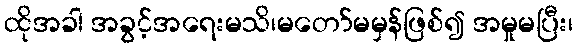
ထိုအခါ အခွင့်အရေးမသိ၊မတော်မမှန်ဖြစ်၍ အမှုမပြီး၊